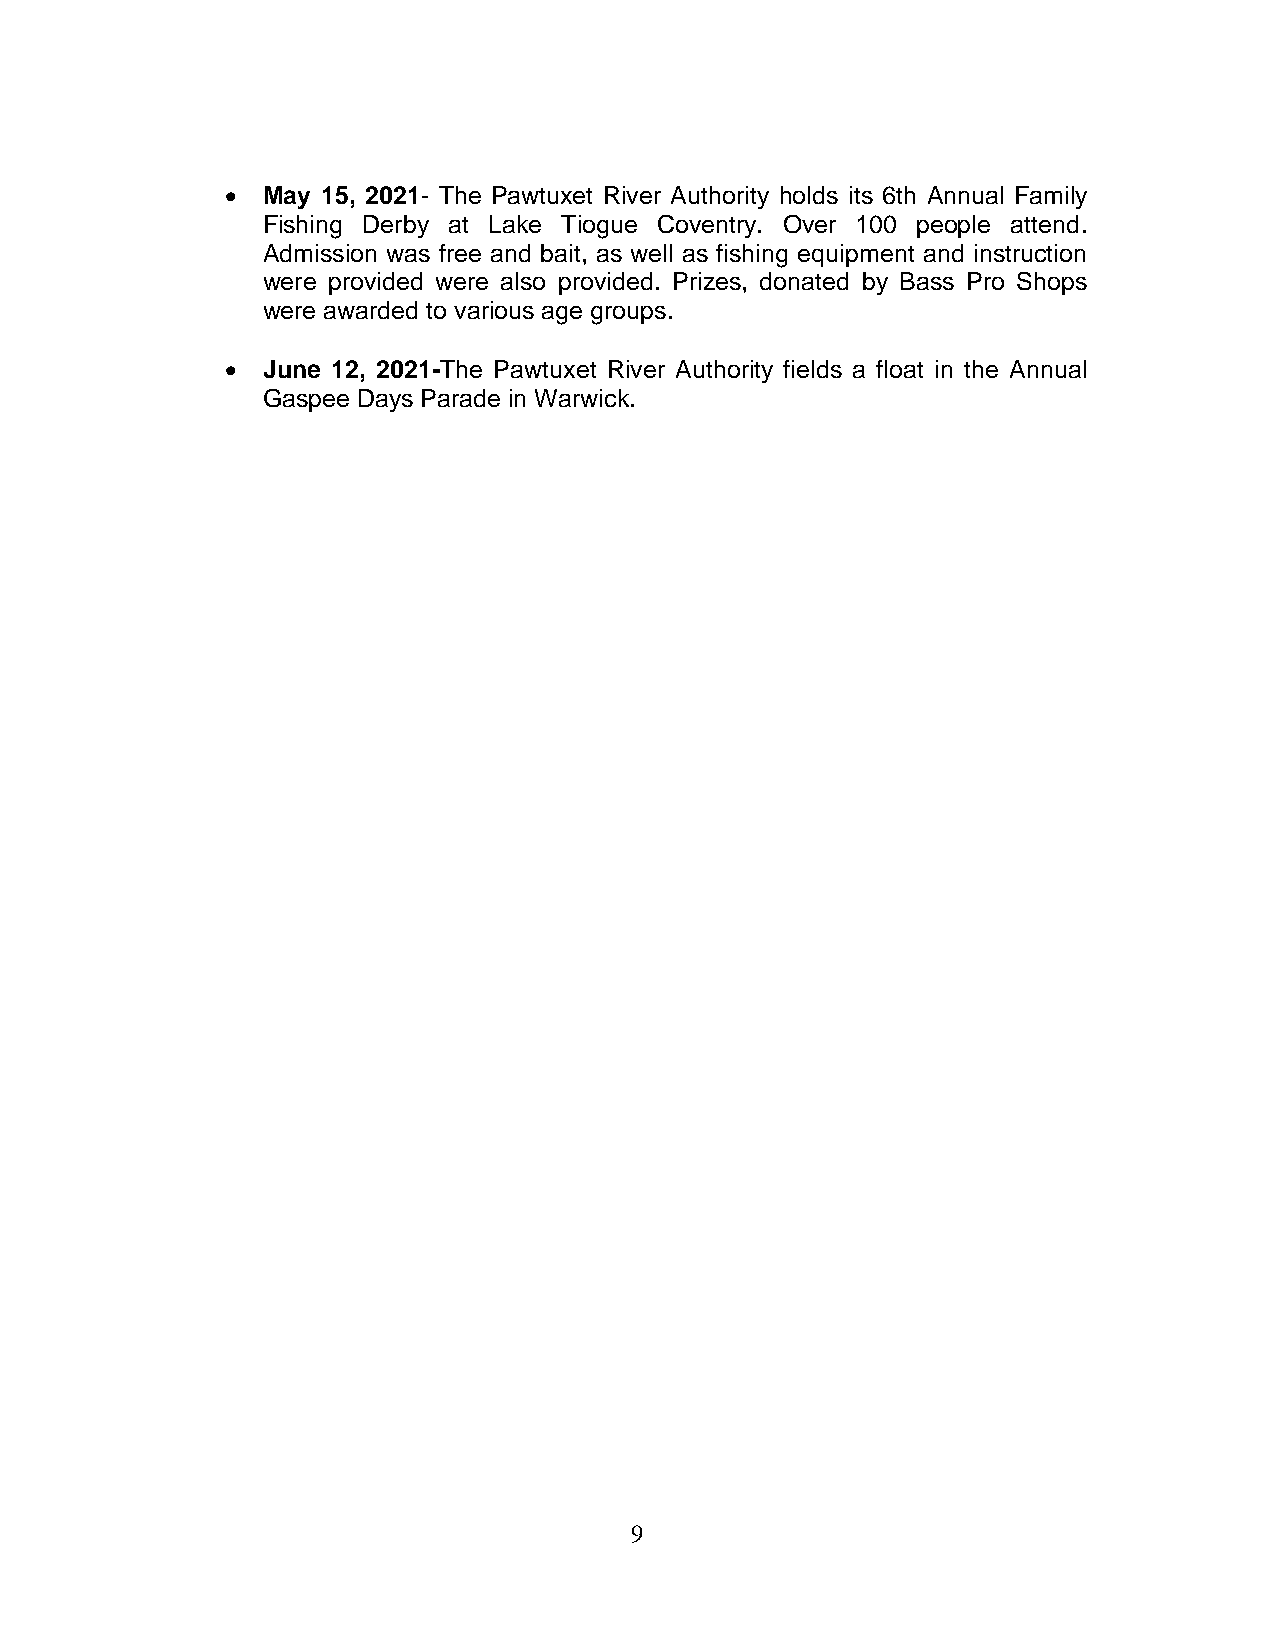
• May 15, 2021- The Pawtuxet River Authority holds its 6th Annual Family
 Fishing Derby at Lake Tiogue Coventry. Over 100 people attend.
 Admission was free and bait, as well as fishing equipment and instruction
 were provided were also provided. Prizes, donated by Bass Pro Shops
 were awarded to various age groups.
 • June 12, 2021-The Pawtuxet River Authority fields a float in the Annual
 Gaspee Days Parade in Warwick.
 9